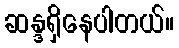
ဆန္ဒရှိနေပါတယ်။